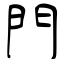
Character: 門